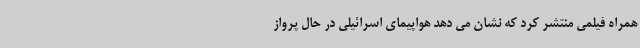
همراه فیلمی منتشر کرد که نشان می دهد هواپیمای اسرائیلی در حال پرواز